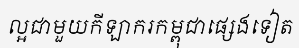
ល្អជាមួយកីឡាករកម្ពុជាផ្សេងទៀត